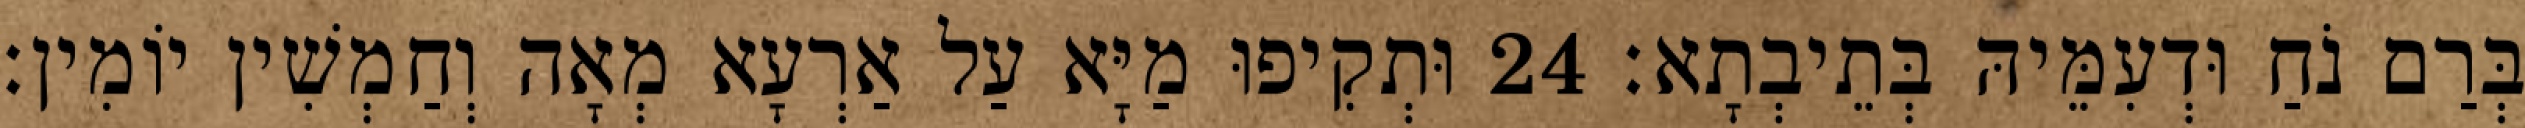
בְּרַם נֹחַ וּדְעִמֵּיהּ בְּתֵיבְתָא׃ 24 וּתְקִיפוּ מַיָּא עַל אַרְעָא מְאָה וְחַמְשִׁין יוֹמִין׃